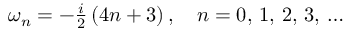
\begin{array} { r } { \omega _ { n } = - \frac { i } { 2 } \left( 4 n + 3 \right) , \quad n = 0 , \, 1 , \, 2 , \, 3 , \, \dots } \end{array}